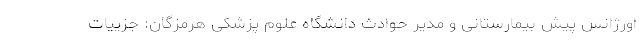
اورژانس پیش بیمارستانی و مدیر حوادث دانشگاه علوم پزشکی هرمزگان: جزییات